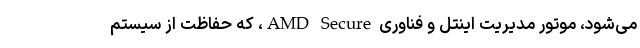
می‌شود، موتور مدیریت اینتل و فناوری AMD Secure، که حفاظت از سیستم